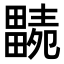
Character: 𤳭